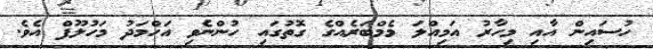
ހުސައިން އާއި މިހާރު އަމިއްލަ މެމްބަރެއްގެ ގޮތުގައި ހުންނެވި އަހްމަދު މަހުލޫފް އެވެ.